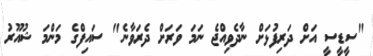
"ސީޑީސީ އަށް ދަރިފުޅަށް ނާދެވިއްޖެ ނަމަ ވަރަށް ދެރަވާނެ" ސައިފްގެ މަންމަ ޝުއޫރު